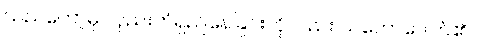
သည်တော့မှ လှည်းတံရှည်နေခြင်းကိုလည်း သဘောပေါက်၏။